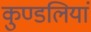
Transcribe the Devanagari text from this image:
कुण्‍डलियां